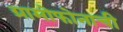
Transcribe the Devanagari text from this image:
ग्रामोफोनाची